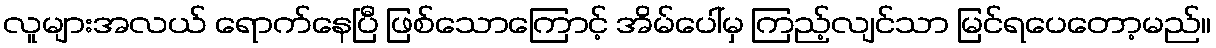
လူများအလယ် ရောက်နေပြီ ဖြစ်သောကြောင့် အိမ်ပေါ်မှ ကြည့်လျင်သာ မြင်ရပေတော့မည်။